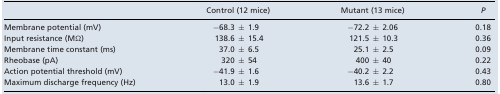
<table><thead><tr><td></td><td><b>Control (12 mice)</b></td><td><b>Mutant (13 mice)</b></td><td><b><i>P</i></b></td></tr></thead><tbody><tr><td>Membrane potential (mV)</td><td>−68.3 ± 1.9</td><td>−72.2 ± 2.06</td><td>0.18</td></tr><tr><td>Input resistance (MΩ)</td><td>138.6 ± 15.4</td><td>121.5 ± 10.3</td><td>0.36</td></tr><tr><td>Membrane time constant (ms)</td><td>37.0 ± 6.5</td><td>25.1 ± 2.5</td><td>0.09</td></tr><tr><td>Rheobase (pA)</td><td>320 ± 54</td><td>400 ± 40</td><td>0.22</td></tr><tr><td>Action potential threshold (mV)</td><td>−41.9 ± 1.6</td><td>−40.2 ± 2.2</td><td>0.43</td></tr><tr><td>Maximum discharge frequency (Hz)</td><td>13.0 ± 1.9</td><td>13.6 ± 1.7</td><td>0.80</td></tr></tbody></table>